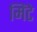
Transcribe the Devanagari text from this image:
मिंटे